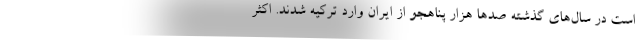
است در سال‌های گذشته صدها هزار پناهجو از ایران وارد ترکیه شدند. اکثر